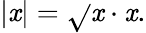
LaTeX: |\mathit{x}|={\sqrt{}{{\mathit{x}\cdot\mathit{x}}}}.